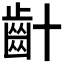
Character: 𪗕